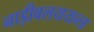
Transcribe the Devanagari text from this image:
नाड़ीवलययन्त्र